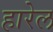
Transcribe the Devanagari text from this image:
हारेल